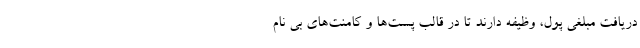
دریافت مبلغی پول، وظیفه دارند تا در قالب پست‌ها و کامنت‌های بی نام